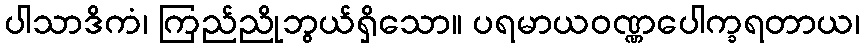
ပါသာဒိကံ၊ ကြည်ညိုဘွယ်ရှိသော။ ပရမာယဝဏ္ဏပေါက္ခရတာယ၊